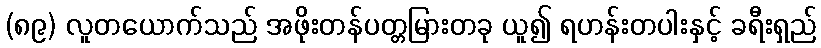
(၈၉) လူတယောက်သည် အဖိုးတန်ပတ္တမြားတခု ယူ၍ ရဟန်းတပါးနှင့် ခရီးရှည်